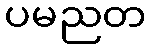
ပမညတ